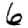
Digit: 6